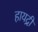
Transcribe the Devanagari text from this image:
हायद्री